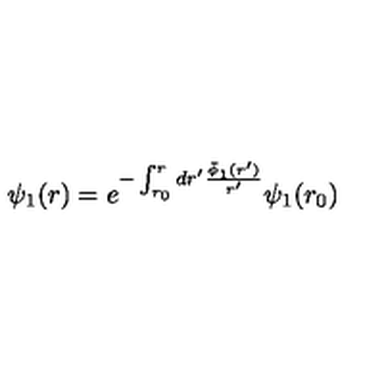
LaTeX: \psi _ { 1 } ( r ) = e ^ { - \int _ { r _ { 0 } } ^ { r } d r ^ { \prime } \frac { \bar { \phi } _ { 1 } ( r ^ { \prime } ) } { r ^ { \prime } } } \psi _ { 1 } ( r _ { 0 } )